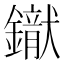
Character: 𨭢